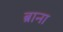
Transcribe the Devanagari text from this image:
ब्राना